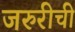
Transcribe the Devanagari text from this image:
जरुरीची